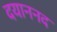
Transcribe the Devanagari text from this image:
दयाननद